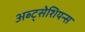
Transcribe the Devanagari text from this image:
अब्ट्सेशियन्स